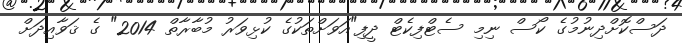
ދަސްކޮށްދިނުމުގެ ކޯސް ނިމި ސެޓްފިކެޓް ދީފި"އަވަށްތަކުގެ ކުޅިވަރު މުބާރާތް 2014" ގެ ޤަވާއިދަށް